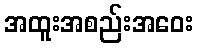
အထူးအစည်းအဝေး